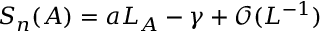
S _ { n } ( A ) = a L _ { A } - \gamma + \mathcal { O } ( L ^ { - 1 } )